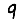
Digit: 9